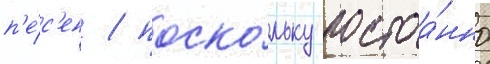
п'е́с'ен / поско́льку постоа́нно